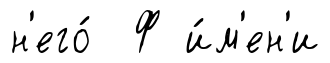
н'его́ Ф и́м'ен'и